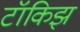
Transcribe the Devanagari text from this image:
टॉकिझ